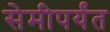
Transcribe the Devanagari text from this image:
सेमीपर्यंत